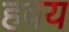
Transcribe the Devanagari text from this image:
हवय